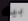
بيك